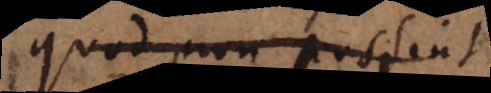
quod non possint